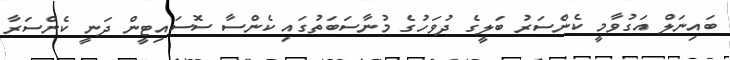
ބައިނަލް އަގުވާމީ ކެންސަރު ބަލީގެ ދުވަހުގެ މުނާސަބަތުގައި ކެންސާ ސޮސައިޓީން ދަނީ ކެންސަރާ